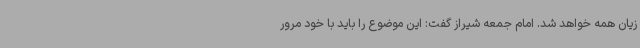
زیان همه خواهد شد. امام جمعه شیراز گفت: این موضوع را باید با خود مرور